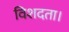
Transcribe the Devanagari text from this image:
विशदता।